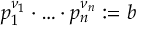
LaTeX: p _ { 1 } ^ { \nu _ { 1 } } \cdot \ldots \cdot p _ { n } ^ { \nu _ { n } } : = b